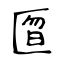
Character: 匫